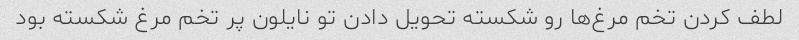
لطف کردن تخم مرغ‌ها رو شکسته تحویل دادن تو نایلون پر تخم مرغ شکسته بود